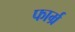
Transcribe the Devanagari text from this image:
फार्म्र